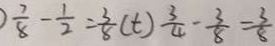
\frac { 7 } { 8 } - \frac { 1 } { 2 } = \frac { 3 } { 8 } ( t ) \frac { 3 } { 4 } - \frac { 3 } { 8 } = \frac { 3 } { 8 }